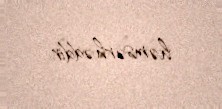
həmsərhəddir.